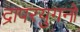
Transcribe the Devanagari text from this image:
द्रापरयुगनो